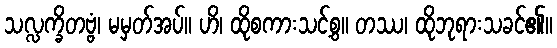
သလ္လက္ခိတဗ္ဗံ၊ မမှတ်အပ်။ ဟိ၊ ထိုစကားသင့်စွ။ တဿ၊ ထိုဘုရားသခင်၏။